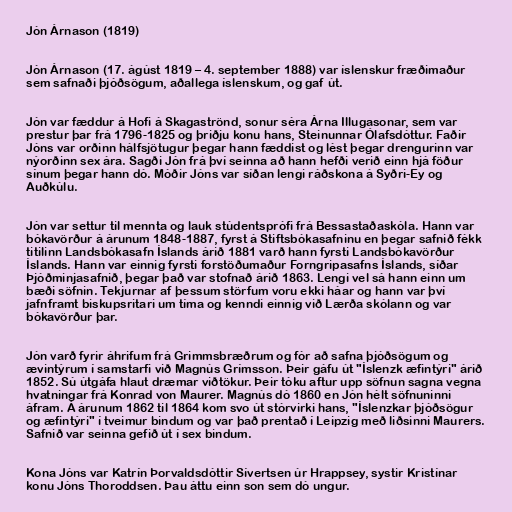
Jón Árnason (1819)

Jón Árnason (17. ágúst 1819 – 4. september 1888) var íslenskur fræðimaður
sem safnaði þjóðsögum, aðallega íslenskum, og gaf út.

Jón var fæddur á Hofi á Skagaströnd, sonur séra Árna Illugasonar, sem var
prestur þar frá 1796-1825 og þriðju konu hans, Steinunnar Ólafsdóttur. Faðir
Jóns var orðinn hálfsjötugur þegar hann fæddist og lést þegar drengurinn var
nýorðinn sex ára. Sagði Jón frá því seinna að hann hefði verið einn hjá föður
sínum þegar hann dó. Móðir Jóns var síðan lengi ráðskona á Syðri-Ey og
Auðkúlu.

Jón var settur til mennta og lauk stúdentsprófi frá Bessastaðaskóla. Hann var
bókavörður á árunum 1848-1887, fyrst á Stiftsbókasafninu en þegar safnið fékk
titilinn Landsbókasafn Íslands árið 1881 varð hann fyrsti Landsbókavörður
Íslands. Hann var einnig fyrsti forstöðumaður Forngripasafns Íslands, síðar
Þjóðminjasafnið, þegar það var stofnað árið 1863. Lengi vel sá hann einn um
bæði söfnin. Tekjurnar af þessum störfum voru ekki háar og hann var því
jafnframt biskupsritari um tíma og kenndi einnig við Lærða skólann og var
bókavörður þar.

Jón varð fyrir áhrifum frá Grimmsbræðrum og fór að safna þjóðsögum og
ævintýrum í samstarfi við Magnús Grímsson. Þeir gáfu út "Íslenzk æfintýri" árið
1852. Sú útgáfa hlaut dræmar viðtökur. Þeir tóku aftur upp söfnun sagna vegna
hvatningar frá Konrad von Maurer. Magnús dó 1860 en Jón hélt söfnuninni
áfram. Á árunum 1862 til 1864 kom svo út stórvirki hans, "Íslenzkar þjóðsögur
og æfintýri" í tveimur bindum og var það prentað í Leipzig með liðsinni Maurers.
Safnið var seinna gefið út í sex bindum.

Kona Jóns var Katrín Þorvaldsdóttir Sívertsen úr Hrappsey, systir Kristínar
konu Jóns Thoroddsen. Þau áttu einn son sem dó ungur.